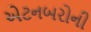
એટનબરોની